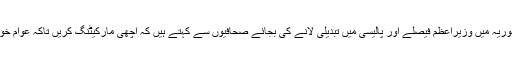
اس جمہوریہ میں وزیراعظم فیصلے اور پالیسی میں تبدیلی لانے کی بجائے صحافیوں سے کہتے ہیں کہ اچھی مارکیٹنگ کریں تاکہ عوام خوش ہوں۔